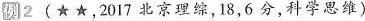
例2(\star\star，2017北京理综，18，6分，科学思维）